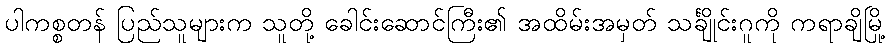
ပါကစ္စတန် ပြည်သူများက သူတို့ ခေါင်းဆောင်ကြီး၏ အထိမ်းအမှတ် သင်္ချိုင်းဂူကို ကရာချိမြို့